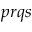
p r q s